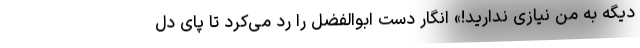
دیگه به من نیازی ندارید!» انگار دست ابوالفضل را رد می‌کرد تا پای دل